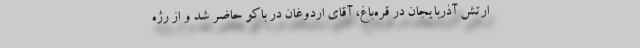
ارتش آذربایجان در قره‌باغ، آقای اردوغان در باکو حاضر شد و از رژه